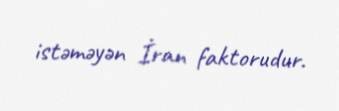
istəməyən İran faktorudur.